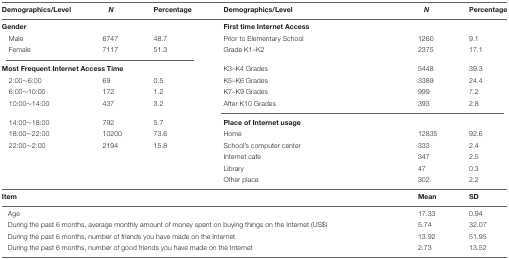
| Demographics/Level | N | Percentage | Demographics/Level | N | Percentage |
 | --- | --- | --- | --- | --- | --- |
 | Gender |  |  | First time Internet Access |  |  |
 | Male | 6747 | 48.7 | Prior to Elementary School | 1260 | 9.1 |
 | Female | 7117 | 51.3 | Grade K1–K2 | 2375 | 17.1 |
 | <COLSPAN=3> Most Frequent Internet Access Time | K3–K4 Grades | 5448 | 39.3 |
 | 2:00∼6:00 | 69 | 0.5 | K5–K6 Grades | 3389 | 24.4 |
 | 6:00∼10:00 | 172 | 1.2 | K7–K9 Grades | 999 | 7.2 |
 | 10:00∼14:00 | 437 | 3.2 | After K10 Grades | 393 | 2.8 |
 | 14:00∼18:00 | 792 | 5.7 | <COLSPAN=3> Place of Internet usage |
 | 18:00∼22:00 | 10200 | 73.6 | Home | 12835 | 92.6 |
 | 22:00∼2:00 | 2194 | 15.8 | School’s computer center | 333 | 2.4 |
 |  |  |  | Internet cafe | 347 | 2.5 |
 |  |  |  | Library | 47 | 0.3 |
 |  |  |  | Other place | 302 | 2.2 |
 | <COLSPAN=4> Item | Mean | SD |
 | <COLSPAN=4> Age | 17.33 | 0.94 |
 | <COLSPAN=4> During the past 6 months, average monthly amount of money spent on buying things on the Internet (US$) | 5.74 | 32.07 |
 | <COLSPAN=4> During the past 6 months, number of friends you have made on the Internet | 13.92 | 51.95 |
 | <COLSPAN=4> During the past 6 months, number of good friends you have made on the Internet | 2.73 | 13.52 |